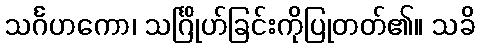
သင်္ဂဟကော၊ သင်္ဂြိုဟ်ခြင်းကိုပြုတတ်၏။ သခိ